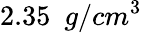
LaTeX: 2.35\ \ g/cm^{3}